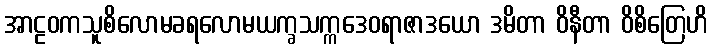
အာဠဝကသူစိလောမခရလောမယက္ခသက္ကဒေဝရာဇာဒယော ဒမိတာ ဝိနီတာ ဝိစိတြေဟိ